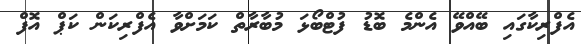
އެފްރިކާގައި ބޭއްވޭ އެންމެ ބޮޑު ފުޓްބޯޅަ މުބާރާތް ކަމަށްވާ އެފްރިކަން ކަޕް އޮފް